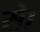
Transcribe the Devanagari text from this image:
सेा